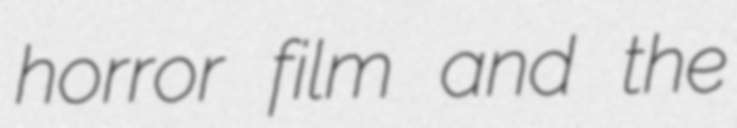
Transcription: horror film and the